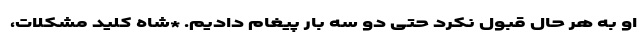
او به هر حال قبول نکرد حتی دو سه بار پیغام دادیم. *شاه کلید مشکلات،